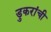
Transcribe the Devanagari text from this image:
डुकरांची